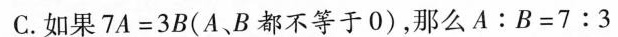
C.如果 $$ 7A = 3B(A、B都不等于0)，那么A：B = 7:3 $$